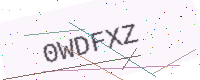
Text: 0WDFXZ